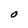
Character: O